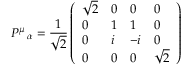
P ^ { \mu } \, _ { \alpha } = \frac { 1 } { \sqrt { 2 } } \left( \begin{array} { l l l l } { { \sqrt { 2 } } } & { { 0 } } & { { 0 } } & { { 0 } } \\ { { 0 } } & { { 1 } } & { { 1 } } & { { 0 } } \\ { { 0 } } & { { i } } & { { - i } } & { { 0 } } \\ { { 0 } } & { { 0 } } & { { 0 } } & { { \sqrt { 2 } } } \end{array} \right)